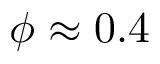
\phi \approx 0 . 4